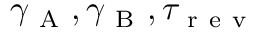
\gamma _ { \mathrm { ~ A ~ } } , \gamma _ { \mathrm { ~ B ~ } } , \tau _ { \mathrm { ~ r ~ e ~ v ~ } }